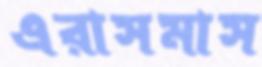
এরাসমাস